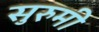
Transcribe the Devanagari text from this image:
सुरुमी